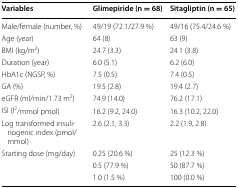
<table><thead><tr><td><b>Variables</b></td><td><b>Glimepiride (n = 68)</b></td><td><b>Sitagliptin (n = 65)</b></td></tr></thead><tbody><tr><td>Male/female (number, %)</td><td>49/19 (72.1/27.9 %)</td><td>49/16 (75.4/24.6 %)</td></tr><tr><td>Age (year)</td><td>64 (8)</td><td>63 (9)</td></tr><tr><td>BMI (kg/m<sup>2</sup>)</td><td>24.7 (3.3)</td><td>24.1 (3.8)</td></tr><tr><td>Duration (year)</td><td>6.0 (5.1)</td><td>6.2 (6.0)</td></tr><tr><td>HbA1c (NGSP, %)</td><td>7.5 (0.5)</td><td>7.4 (0.5)</td></tr><tr><td>GA (%)</td><td>19.5 (2.8)</td><td>19.4 (2.7)</td></tr><tr><td>eGFR (ml/min/1.73 m<sup>2</sup>)</td><td>74.9 (14.0)</td><td>76.2 (17.1)</td></tr><tr><td>ISI (l<sup>2</sup>/mmol pmol)</td><td>16.2 (9.2, 24.0)</td><td>16.3 (10.2, 22.0)</td></tr><tr><td>Log transformed insulinogenic index (pmol/mmol)</td><td>2.6 (2.1, 3.3)</td><td>2.2 (1.9, 2.8)</td></tr><tr><td rowspan="3">Starting dose (mg/day)</td><td>0.25 (20.6 %)</td><td>25 (12.3 %)</td></tr><tr><td>0.5 (77.9 %)</td><td>50 (87.7 %)</td></tr><tr><td>1.0 (1.5 %)</td><td>100 (0.0 %)</td></tr></tbody></table>